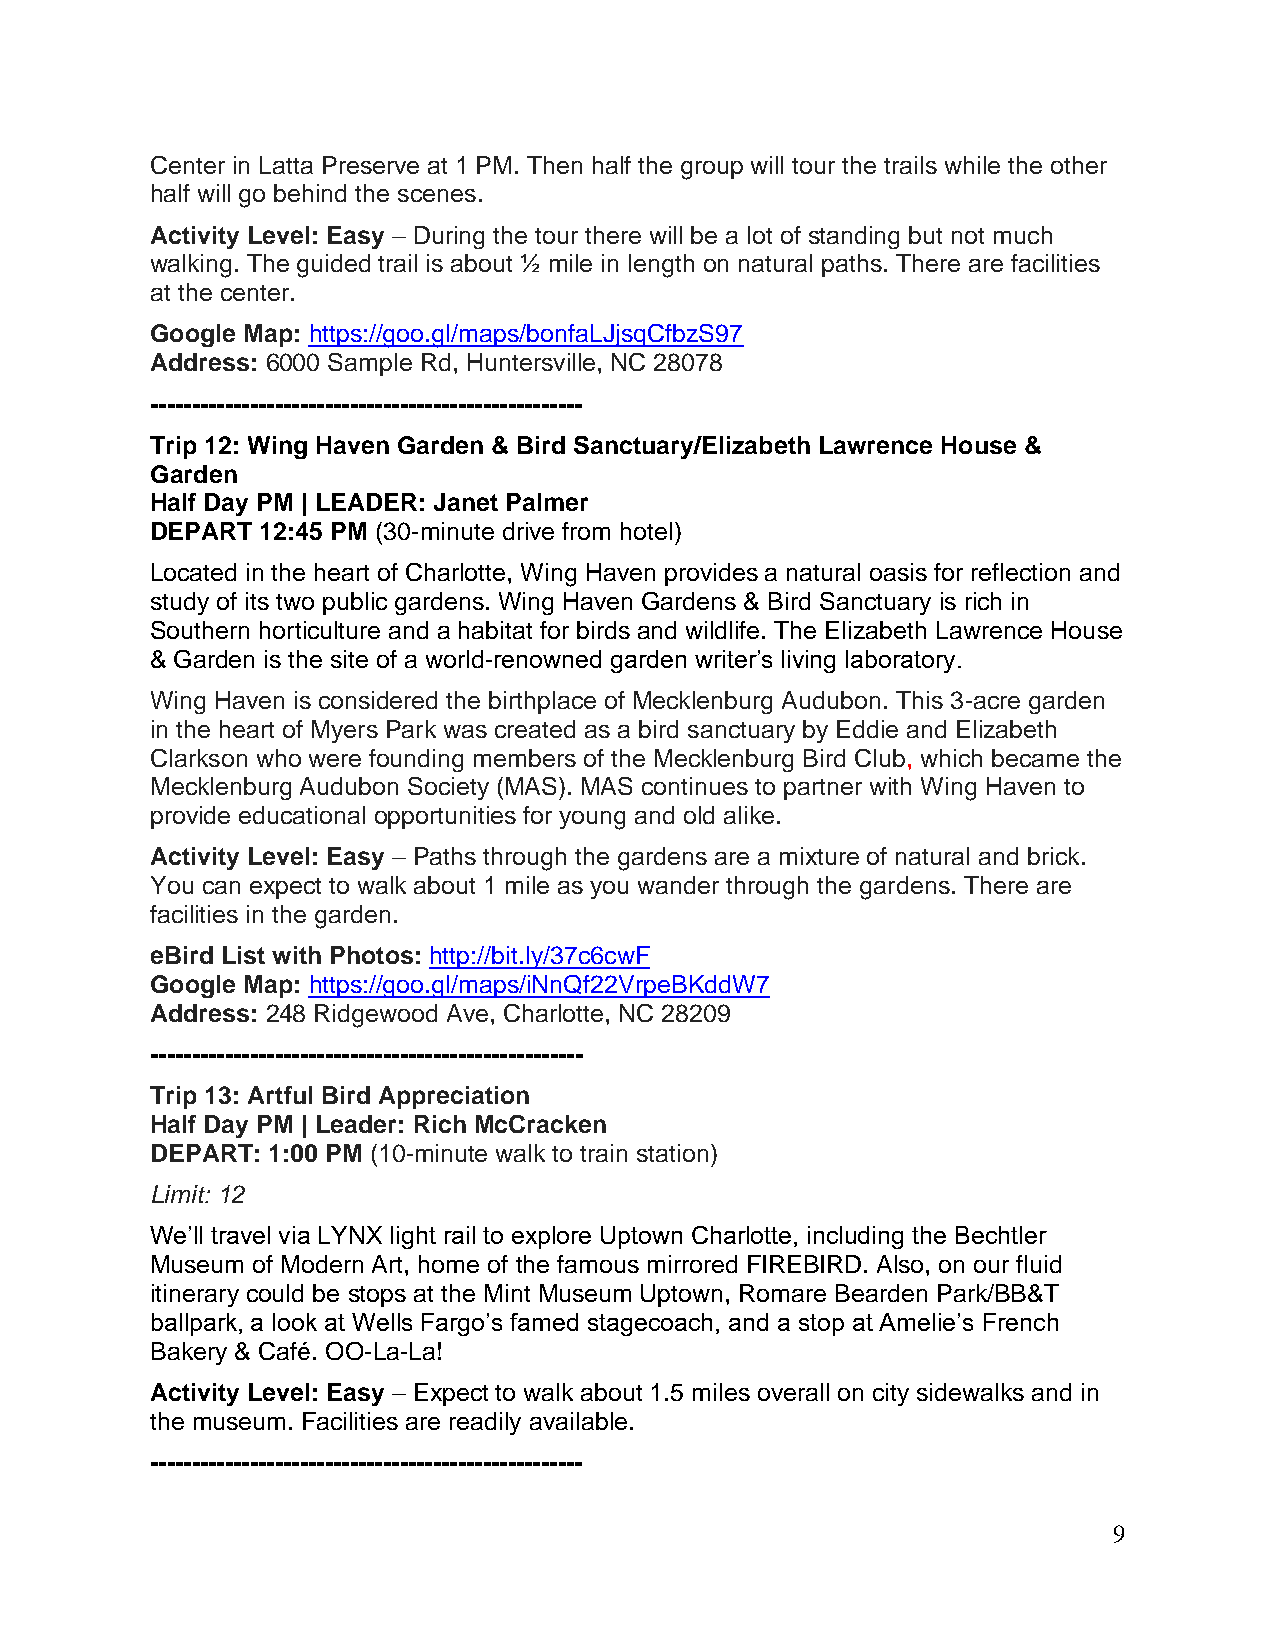
Center in Latta Preserve at 1 PM. Then half the group will tour the trails while the other
 half will go behind the scenes.
 Activity Level: Easy – During the tour there will be a lot of standing but not much
 walking. The guided trail is about ½ mile in length on natural paths. There are facilities
 at the center.
 Google Map: https://goo.gl/maps/bonfaLJjsqCfbzS97
 Address: 6000 Sample Rd, Huntersville, NC 28078
 ----------------------------------------------------
 Trip 12: Wing Haven Garden & Bird Sanctuary/Elizabeth Lawrence House &
 Garden
 Half Day PM | LEADER: Janet Palmer
 DEPART 12:45 PM (30-minute drive from hotel)
 Located in the heart of Charlotte, Wing Haven provides a natural oasis for reflection and
 study of its two public gardens. Wing Haven Gardens & Bird Sanctuary is rich in
 Southern horticulture and a habitat for birds and wildlife. The Elizabeth Lawrence House
 & Garden is the site of a world-renowned garden writer’s living laboratory.
 Wing Haven is considered the birthplace of Mecklenburg Audubon. This 3-acre garden
 in the heart of Myers Park was created as a bird sanctuary by Eddie and Elizabeth
 Clarkson who were founding members of the Mecklenburg Bird Club, which became the
 Mecklenburg Audubon Society (MAS). MAS continues to partner with Wing Haven to
 provide educational opportunities for young and old alike.
 Activity Level: Easy – Paths through the gardens are a mixture of natural and brick.
 You can expect to walk about 1 mile as you wander through the gardens. There are
 facilities in the garden.
 eBird List with Photos: http://bit.ly/37c6cwF
 Google Map: https://goo.gl/maps/iNnQf22VrpeBKddW7
 Address: 248 Ridgewood Ave, Charlotte, NC 28209
 ----------------------------------------------------
 Trip 13: Artful Bird Appreciation
 Half Day PM | Leader: Rich McCracken
 DEPART: 1:00 PM (10-minute walk to train station)
 Limit: 12
 We’ll travel via LYNX light rail to explore Uptown Charlotte, including the Bechtler
 Museum of Modern Art, home of the famous mirrored FIREBIRD. Also, on our fluid
 itinerary could be stops at the Mint Museum Uptown, Romare Bearden Park/BB&T
 ballpark, a look at Wells Fargo’s famed stagecoach, and a stop at Amelie’s French
 Bakery & Café. OO-La-La!
 Activity Level: Easy – Expect to walk about 1.5 miles overall on city sidewalks and in
 the museum. Facilities are readily available.
 ----------------------------------------------------
 9